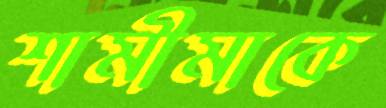
শামীমাকে